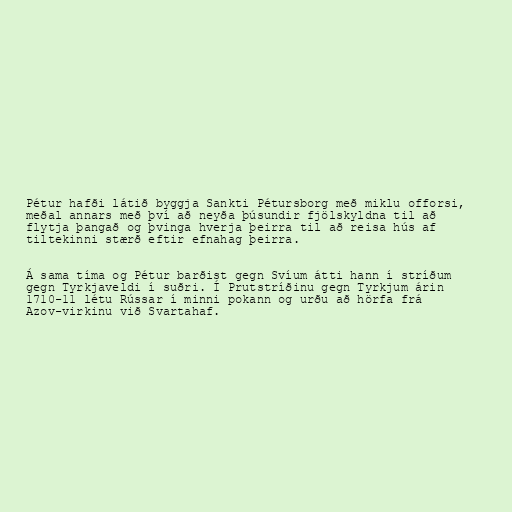
Pétur hafði látið byggja Sankti Pétursborg með miklu offorsi,
meðal annars með því að neyða þúsundir fjölskyldna til að
flytja þangað og þvinga hverja þeirra til að reisa hús af
tiltekinni stærð eftir efnahag þeirra.

Á sama tíma og Pétur barðist gegn Svíum átti hann í stríðum
gegn Tyrkjaveldi í suðri. Í Prutstríðinu gegn Tyrkjum árin
1710-11 létu Rússar í minni pokann og urðu að hörfa frá
Azov-virkinu við Svartahaf.